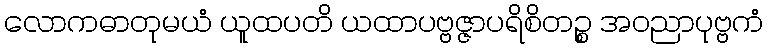
လောကဓာတုမယံ ယူထပတိ ယထာပဗ္ဗဇ္ဇာပရိစိတဉ္စ အဝညာပုဗ္ဗကံ